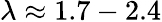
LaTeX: \lambda\approx 1.7-2.4